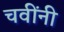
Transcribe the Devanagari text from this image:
चवींनी